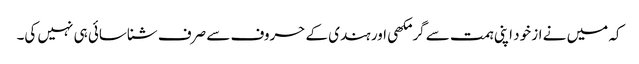
کہ میں نے از خود اپنی ہمت سے گرمکھی اور ہندی کے حروف سے صرف شناسائی ہی نہیں کی۔